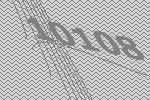
10108